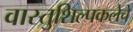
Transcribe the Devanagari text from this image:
वास्तुशिल्पकलेचे